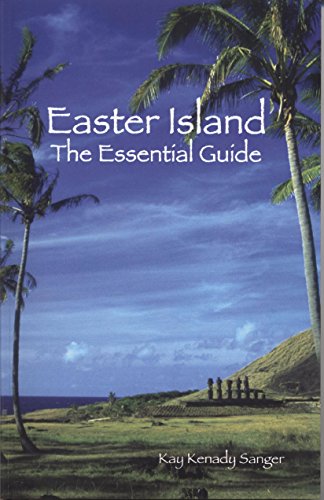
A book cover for Easter Island. The Essential Guide; SANGER (Kay Kenady); Travel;